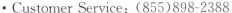
· Customer Service:(855)898-2388